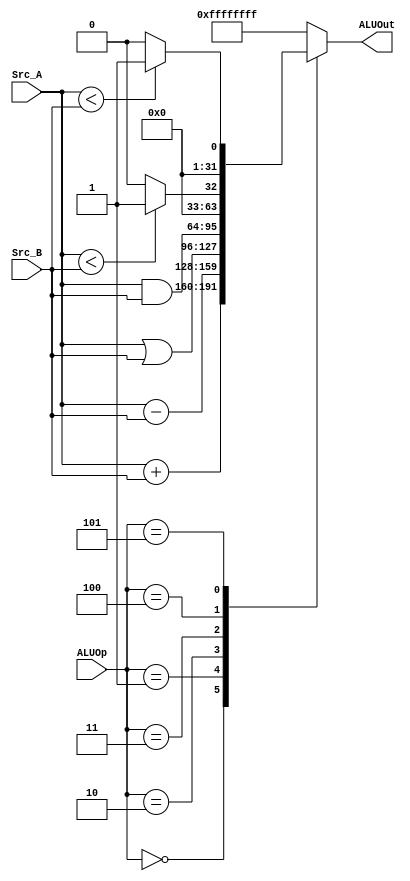
`timescale 1ns / 1ps

`define ALU_add  4'b0000        //  _
`define ALU_sub  4'b0001
`define ALU_or   4'b0010
`define ALU_and   4'b0011
`define ALU_slt  4'b0100
`define ALU_sltu  4'b0101

module E_ALU(
    input [31:0] Src_A,
    input [31:0] Src_B,
    input [3:0] ALUOp,
    output [31:0] ALUOut
);
    reg [31:0] result;
    assign ALUOut=result;

  always @(*) begin
    case(ALUOp)
        `ALU_add:    result= Src_A + Src_B;
        `ALU_sub:    result= Src_A - Src_B;
        `ALU_or:     result= Src_A | Src_B;  
		  `ALU_and:		result= Src_A & Src_B;
		  `ALU_slt:    result=($signed(Src_A)<$signed(Src_B)) ? 32'b1 : 32'b0;
		  `ALU_sltu:   result=(Src_A<Src_B)? 32'b1:32'b0;

        default:     result=32'hffff_ffff;
    endcase
  end

endmodule